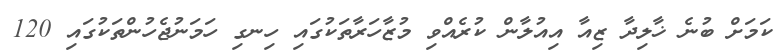
ކަމަށް ބުނެ ޚާލިދާ ޒިއާ އިއުލާން ކުރެއްވި މުޒާހަރާތަކުގައި ހިނގި ހަމަނުޖެހުންތަކުގައި 120